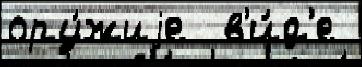
ору́жиjе  в'и́д'е